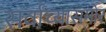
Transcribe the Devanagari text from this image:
सर्वांच्यासमोर